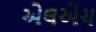
એલએચ